Vaccination in Bombay 1902-1912 - 1902-1912
Year: 1902
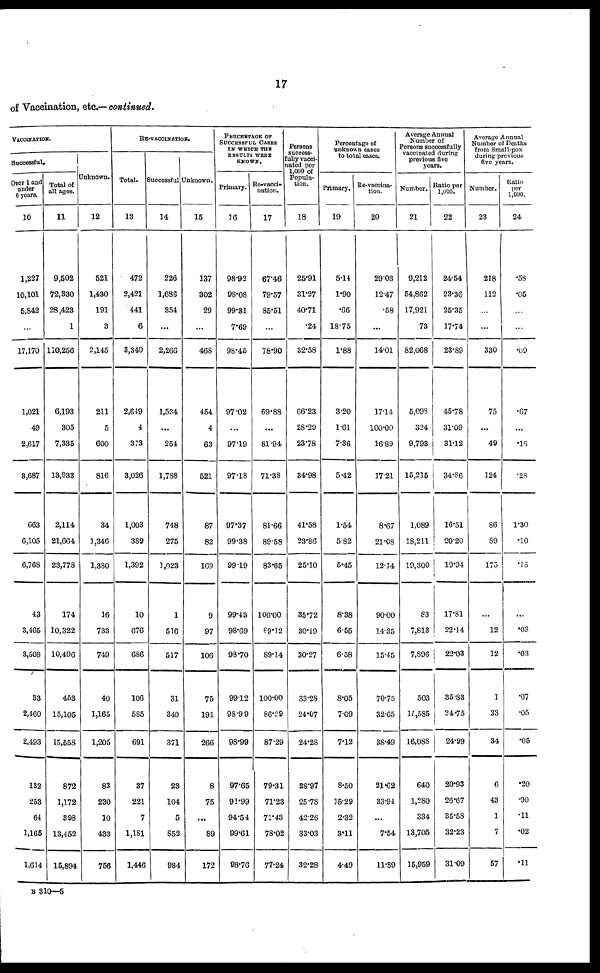
17
of Vaccination, etc.— continued.
VACCINATION.
Successful.
Over 1 and
under
6 years.
10
1,227
10,101
5,842
...
17,170
1,021
49
2,617
3,687
663
6,105
6,768
43
3,465
3,508
33
2,460
2,493
132
253
64
1,165
1,614
Total of
all ages.
11
9,502
72,330
28,423
1
110,256
6,193
305
7,335
13,833
2,114
21,664
23,778
174
10,322
10,496
453
15,105
15,558
872
1,172
393
13,452
15,894
Unknown.
12
521
1,430
191
3
2,145
211
5
600
816
34
1,346
1,380
16
733
749
40
1,165
1,205
83
230
10
433
756
RE-VACCINATION.
Total.
13
472
2,421
441
6
3,340
2,649
4
373
3,026
1,003
389
1,392
10
676
686
106
585
691
87
221
7
1,181
1,446
Successful
14
226
1,686
354
...
2,266
1,534
...
254
1,788
748
275
1,023
1
516
517
31
340
371
23
104
5
852
984
Unknown.
15
137
302
29
...
468
454
4
63
521
87
82
169
9
97
106
75
191
266
8
75
...
89
172
PERCENTAGE OF
SUCCESSFUL CASES
IN WHICH THE
RESULTS WERE
KNOWN.
Primary.
16
98.92
98.08
99.81
7.69
98.45
97.02
...
97.19
97.18
97.37
99.38
99.19
99.43
98.69
98.70
99.12
98.99
98.99
97.65
91.99
94.54
99.61
98.76
Re-vacci¬
nation.
17
67.46
79.57
85.51
...
78.90
69.88
...
81.94
71.38
81.66
89.58
83.65
100.00
89.12
89.14
100.00
86.29
87.29
79.31
71.23
71.43
78.02
77.24
Persons
success¬
fully vacci-
nated per
1,000 of
Popula-
tion.
18
25.91
31.27
40.71
.24
32.58
66.23
28.29
23.78
34.98
41.58
23.86
25.10
35.72
30.19
30.27
33.28
24.07
24.28
28.97
25.78
42.26
33.03
32.28
Percentage of
unknown cases
to total cases.
Primary.
19
5.14
1.90
.66
18.75
1.88
3.20
1.61
7.36
5.42
1.54
5.82
5.45
8.38
6.55
6.58
8.05
7.09
7.12
8.50
15.29
2.32
3.11
4.49
Re-vaccina¬
tion.
20
29.03
12.47
.58
...
14.01
17.14
100.00
16.89
17.21
8.67
21.08
12.14
90.00
14.35
15.45
70.75
32.65
38.49
21.62
33.94
...
7.54
11.89
Average Annual
Number of
Persons successfully
previous five
years.
Number.
21
9,212
54,862
17,921
73
82,068
5,098
324
9,793
15,215
1,089
18,211
19,300
83
7,813
7,896
503
15,585
16,088
640
1,280
334
13,705
15,959
Ratio per
1,000.
22
24.54
23.36
25.35
17.74
23.89
45.78
31.09
31.12
34.86
16.51
20.20
19.94
17.81
22.14
22.03
35.83
24.75
24.99
20.93
26.67
35.58
32.23
31.09
Average Annual
Number of Deaths
from Small-pox
during previous
five years.
Number.
23
218
112
...
...
330
75
...
49
124
86
89
175
...
12
12
1
33
34
6
43
1
7
57
Ratio
per
1,000.
24
.58
.05
...
...
.09
.67
...
.16
.28
1.30
.10
.18
...
.03
.03
.07
.05
.05
.20
.90
.11
.02
.11
B 310—5